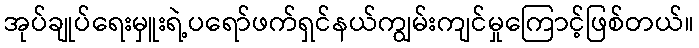
အုပ်ချုပ်ရေးမှူးရဲ့ပရော်ဖက်ရှင်နယ်ကျွမ်းကျင်မှုကြောင့်ဖြစ်တယ်။